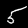
Label: 5